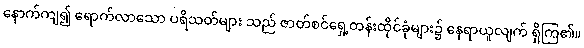
နောက်ကျ၍ ရောက်လာသော ပရိသတ်များ သည် ဇာတ်စင်ရှေ့တန်းထိုင်ခုံများ၌ နေရာယူလျက် ရှိကြ၏။